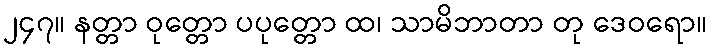
၂၄၇။ နတ္တာ ဝုတ္တော ပပုတ္တော ထ၊ သာမိဘာတာ တု ဒေဝရော။